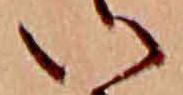
い